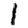
Digit: 1